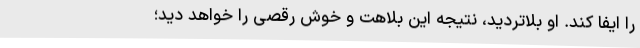
را ایفا کند. او بلاتردید، نتیجه این بلاهت و خوش رقصی را خواهد دید؛